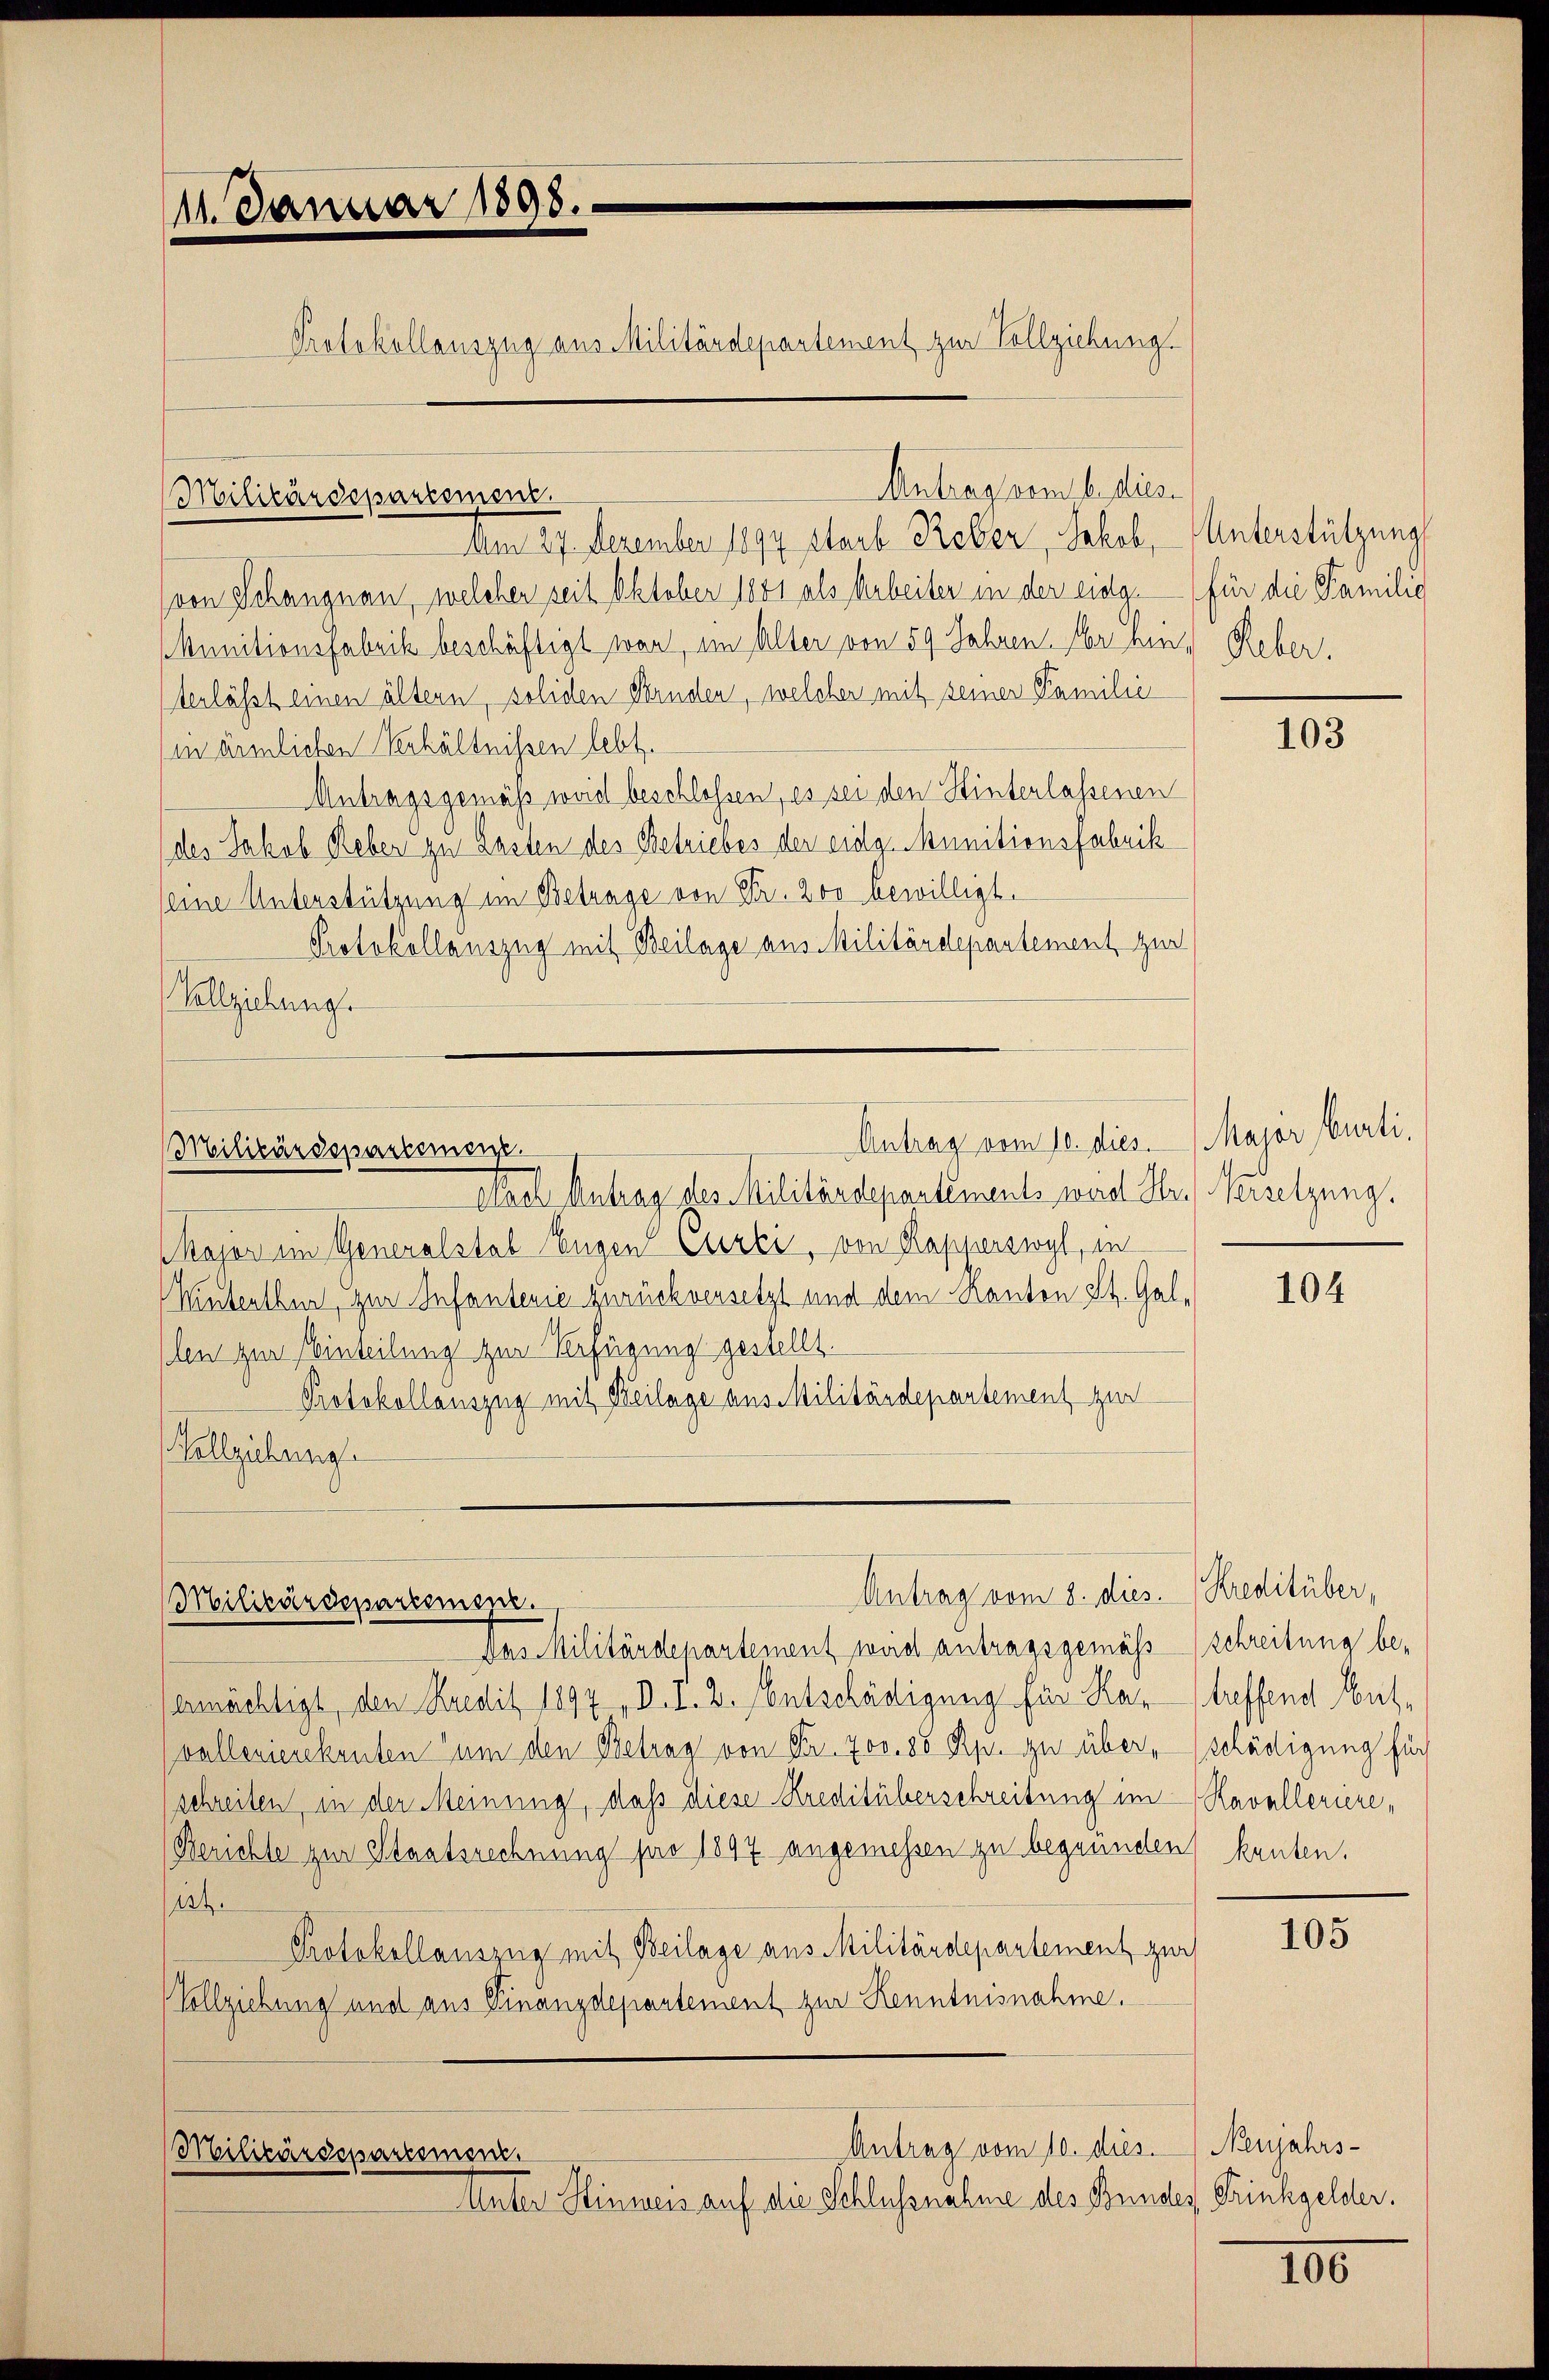
111. Januar 1898.

Am 27. Dezember 1894 starb Reber, Jakob, Unterstützung
(von Schangnau, welcher seit Oktober 1801 als Arbeiter in der eidg. für die Familie
Munitionsfabrik beschäftigt war, im Alter von 59 Jahren Aber hin, Reber.
terlässt einen ältern, soliden Bruden, welcher mit seiner Familie
in ärmlichen Verhältnissen lebt.
Antragsgemäß weid beschlossen, es sei den Hinterlassenen
des Jakob Reber zu Lasten des Betriebes der eidg. Munitionsfabrik
seine Unterstützung im Betrage von Fr. 200 bewilligt.
Protokollauszug mit Beilage aus Militärdepartement zur
Vollziehung.

Militärdeparismens.

Nach Antrag des Militärdepartements wird Hr. Versetzung.
Kajor im Generalstab Eugen Curti, von Kapperswyl, in
Wuterlber, zur Infanterie zurückversetzt und dem Kanton St. Gallen zur Einteilung zur Verfügung gestellt.
Protokollauszug mit Beilage aus Militärdepartement zur
ollgübung

Militärdepartemen

Militärdepartement.

Protokollauszug aus Militärdepartement zur Vollziehung.

Antrag dem bei diese

Antrag vom 10. dies. Major Curti.

Das Militärdepartement wird antragsgemäss schreibung beermächtigt, den Kredit 1897, D. P. 2. Entschädigung für Kartreffend Ausvallerierekruten um den Betrag von Fr. 700. 85 Rp. zu über, schädigung für
schreiben, in der Meinung, daß diese Kreditüberschreitung im Kavalleriere¬
Berichte zur Staatsrechnung pro 1897 angemessen zu begründen kanten.
it.
Protokollauszug mit Beilage aus Militärdepartement zur
Vollziehung und aus Finanzdepartement zur Kenntnisnahme.
Antrag vom 10. dies.
Militärdeparisman.
Unter Hinweis auf die Schlussnahme des Bundes Trinkgelder.

Antrag vom 8. dies. Kreditüber,

103

104

105

Neujahrs¬

100